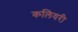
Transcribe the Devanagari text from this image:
कलियरी